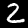
Digit: 2